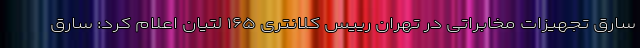
سارق تجهیزات مخابراتی در تهران رییس کلانتری ۱۶۵ لتیان اعلام کرد: سارق